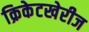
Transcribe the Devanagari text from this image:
क्रिकेटखेरीज